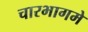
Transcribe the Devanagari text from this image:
चारभागमे